Scottish Leaving Certificate Examination, 1954
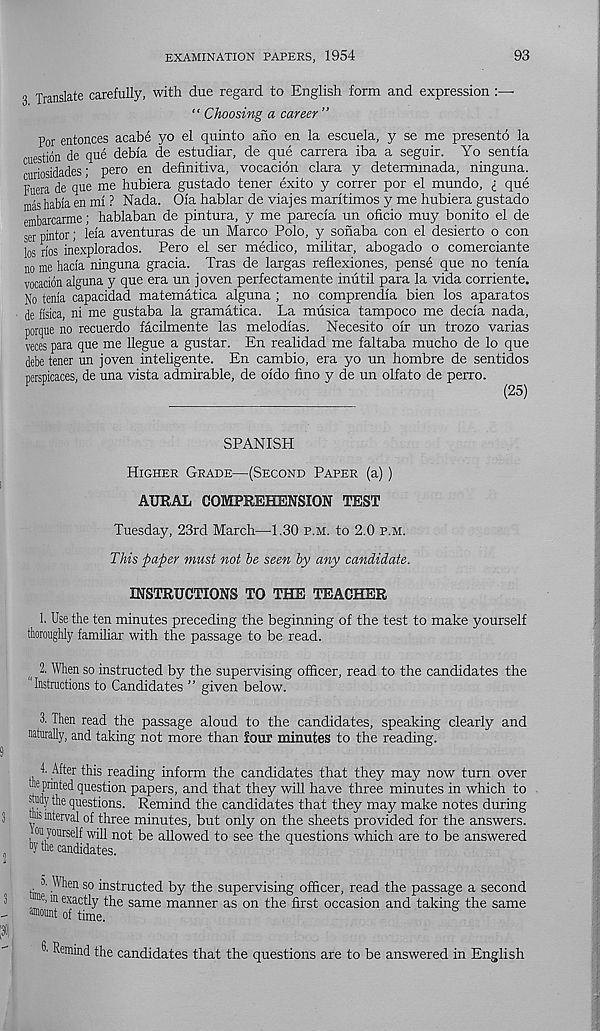
EXAMINATION PAPERS, 1954
93
3 Translate carefully, with due regard to English form and expression :—
“ Choosing a career ”
For entonces acabe yo el quinto ano en la escuela, y se me presento la
uestion de que debia de estudiar, de que carrera iba a seguir. Yo sentia
curiosidades; pero en definitiva, vocacion clara y determinada, ninguna.
Fuera de que me hubiera gustado tener exito y correr por el mundo, { que
mas habla en mi ? Nada. Oia hablar de viajes maritimos y me hubiera gustado
embarcarme; hablaban de pintura, y me parecia un oficio muy bonito el de
ser pintor; leia aventuras de un Marco Polo, y sonaba con el desierto o con
los rios inexplorados. Pero el ser medico, militar, abogado o comerciante
no me hacia ninguna gracia. Tras de largas reflexiones, pense que no tenia
vocacion alguna y que era un joven perfectamente inutil para la vida corriente.
No tenia capacidad matematica alguna ; no comprendia bien los aparatos
de flsica, ni me gustaba la gramatica. La musica tampoco me decia nada,
porque no recuerdo facilmente las melodias. Necesito oir un trozo varias
veces para que me llegue a gustar. En realidad me faltaba mucho de lo que
debe tener un joven inteligente. En cambio, era yo un hombre de sentidos
perspicaces, de una vista admirable, de oido fino y de un olfato de perro.
SPANISH
Higher Grade—(Second Paper (a))
AURAL COMPREHENSION TEST
Tuesday, 23rd March—1.30 p.m. to 2.0 p.m.
This paper must not he seen by any candidate.
INSTRUCTIONS TO THE TEACHER
!• Use the ten minutes preceding the beginning of the test to make yourself
thoroughly familiar with the passage to be read.
2. When so instructed by the supervising officer, read to the candidates the
Instructions to Candidates ” given below.
3. Then read the passage aloud to the candidates, speaking clearly and
naturally, and taking not more than four minutes to the reading.
1. After this reading inform the candidates that they may now turn over
the printed question papers, and that they will have three minutes in which to
study the questions. Remind the candidates that they may make notes during
hs interval of three minutes, but only on the sheets provided for the answers,
ou yourself will not be allowed to see the questions which are to be answered
“y the candidates.
tim 3 ^e n 30 ™ s^-ruc t e( i by the supervising officer, read the passage a second
e . in exactly the same manner as on the first occasion and taking the same
®omit of time.
3' Remind the candidates that the questions are to be answered in English